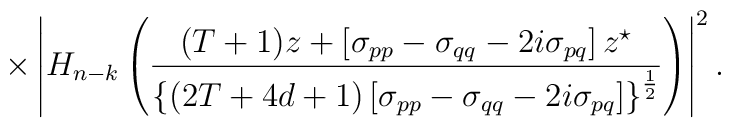
\times\left|H_{n-k}\left(\frac {(T+1)z+\left[\sigma_{pp}-\sigma_{qq}-2i\sigma_{pq}\right]z^{\star}}{\left\{(2T+4d+1)\left[\sigma_{pp}-\sigma_{qq}-2i\sigma_{pq}\right]\right\}^{\frac 12}}\right)\right|^2.